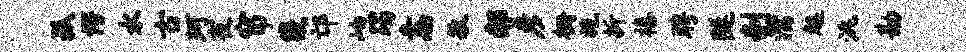
孤愕水古珂夜帘畿邙岫躅恚敏郝彦栅施折禧聘隧剞濡趄洮勘